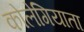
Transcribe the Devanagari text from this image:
कोलेगियाता